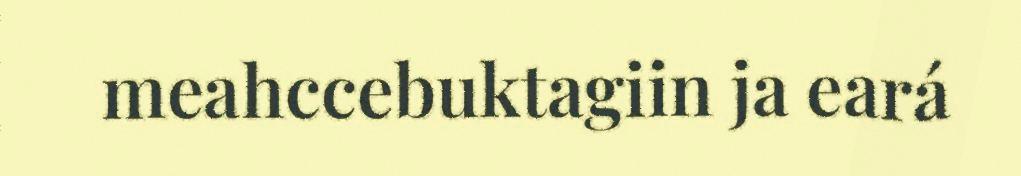
meahccebuktagiin ja eará